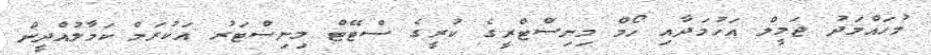
މުހައްމަދު ޖަމީލް އަހުމަދާއި ހޯމް މިނިސްޓްރީގެ ކުރީގެ ސްޓޭޓް މިނިސްޓަރު އަކުރަމް ކަމާލުއްދީން